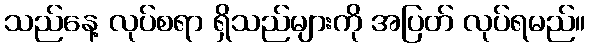
သည်နေ့ လုပ်စရာ ရှိသည်များကို အပြတ် လုပ်ရမည်။